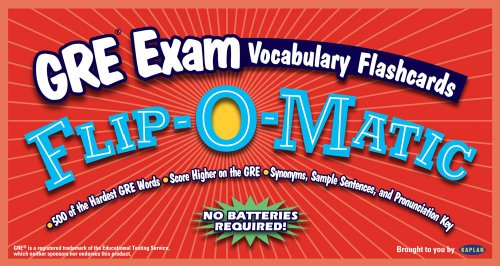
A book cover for Kaplan GRE Exam Vocabulary Flashcards Flip-O-Matic A To J; Kaplan; Test Preparation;